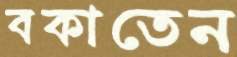
বকাতেন